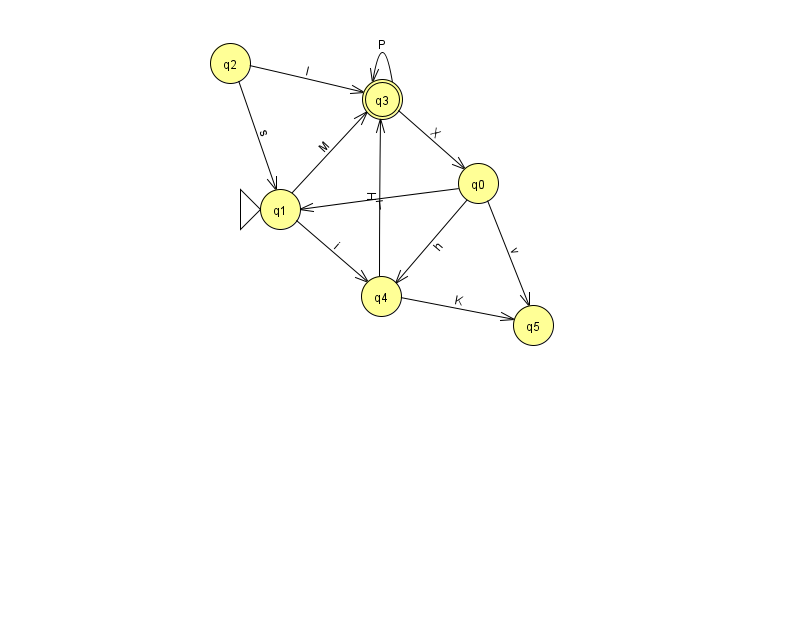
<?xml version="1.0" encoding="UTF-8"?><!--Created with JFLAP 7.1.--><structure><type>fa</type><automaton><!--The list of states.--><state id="0" name="q0"><x>478.0</x><y>170.0</y></state><state id="1" name="q1"><x>280.0</x><y>196.0</y><initial/></state><state id="2" name="q2"><x>230.0</x><y>50.0</y></state><state id="3" name="q3"><x>382.0</x><y>86.0</y><final/></state><state id="4" name="q4"><x>381.0</x><y>283.0</y></state><state id="5" name="q5"><x>533.0</x><y>312.0</y></state><!--The list of transitions.--><transition><from>3</from><to>3</to><read>P</read></transition><transition><from>2</from><to>1</to><read>s</read></transition><transition><from>0</from><to>5</to><read>v</read></transition><transition><from>2</from><to>3</to><read>I</read></transition><transition><from>4</from><to>3</to><read>H</read></transition><transition><from>4</from><to>5</to><read>K</read></transition><transition><from>0</from><to>4</to><read>h</read></transition><transition><from>1</from><to>3</to><read>M</read></transition><transition><from>1</from><to>4</to><read>i</read></transition><transition><from>0</from><to>1</to><read>T</read></transition><transition><from>3</from><to>0</to><read>X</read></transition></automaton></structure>